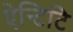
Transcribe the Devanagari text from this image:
ऐन्टिटि